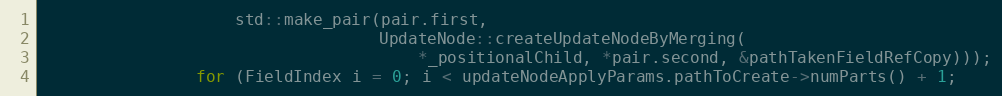
Language: C++
                    std::make_pair(pair.first,
                                   UpdateNode::createUpdateNodeByMerging(
                                       *_positionalChild, *pair.second, &pathTakenFieldRefCopy)));
                for (FieldIndex i = 0; i < updateNodeApplyParams.pathToCreate->numParts() + 1;